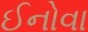
ઈનોવા